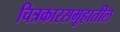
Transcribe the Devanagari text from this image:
चित्रकारसमूहातील